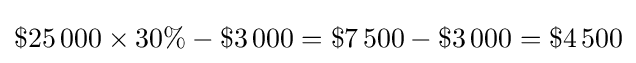
\$25\,000\times 30\%-\$3\,000=\$7\,500-\$3\,000=\$4\,500